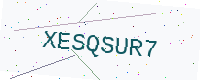
Text: XESQSUR7